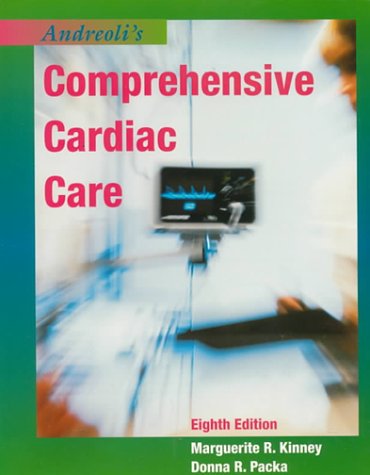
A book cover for Andreoli's Comprehensive Cardiac Care, 8e; Marguerite Rodgers Kinney RN  DNSc  FAAN; Medical Books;